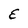
Character: E